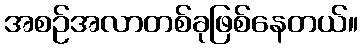
အစဉ်အလာတစ်ခုဖြစ်နေတယ်။